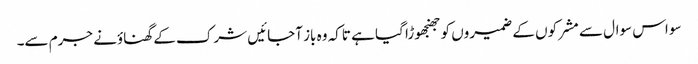
سو اس سوال سے مشرکوں کے ضمیروں کو جھنجھوڑا گیا ہے تاکہ وہ باز آجائیں شرک کے گھناؤنے جرم سے۔